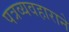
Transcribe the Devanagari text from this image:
पत्रव्यवहाराने